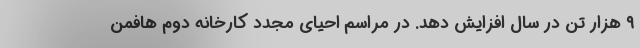
۹ هزار تن در سال افزایش دهد. در مراسم احیای مجدد کارخانه دوم هافمن